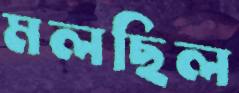
মলছিল